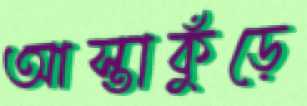
আস্তাকুঁড়ে